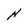
Character: N